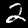
Label: 2